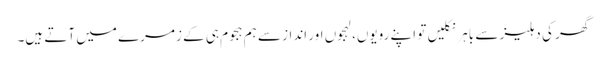
گھر کی دہلیز سے باہر نکلیں تو اپنے رویوں، لہجوں اور انداز سے ہم ہجوم ہی کے زمرے میں آتے ہیں۔